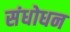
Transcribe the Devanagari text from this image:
संधोधन